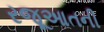
રજૂઆતની